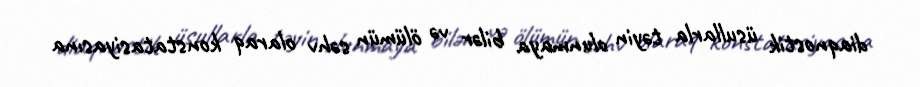
diaqnostik üsullarla təyin olunmaya bilər və ölümün səhv olaraq konstatasiyasına